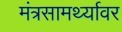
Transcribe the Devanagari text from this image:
मंत्रसामर्थ्यावर